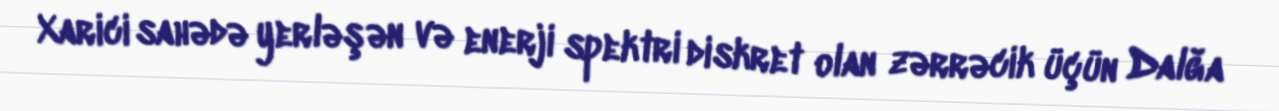
Xarici sahədə yerləşən və enerji spektri diskret olan zərrəcik üçün Dalğa